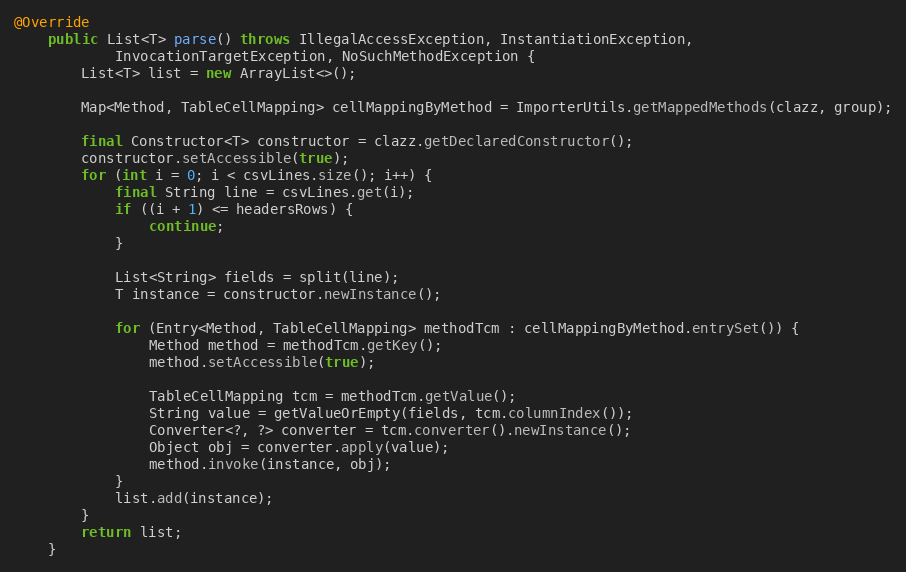
Language: Java
@Override
    public List<T> parse() throws IllegalAccessException, InstantiationException,
            InvocationTargetException, NoSuchMethodException {
        List<T> list = new ArrayList<>();

        Map<Method, TableCellMapping> cellMappingByMethod = ImporterUtils.getMappedMethods(clazz, group);

        final Constructor<T> constructor = clazz.getDeclaredConstructor();
        constructor.setAccessible(true);
        for (int i = 0; i < csvLines.size(); i++) {
            final String line = csvLines.get(i);
            if ((i + 1) <= headersRows) {
                continue;
            }

            List<String> fields = split(line);
            T instance = constructor.newInstance();

            for (Entry<Method, TableCellMapping> methodTcm : cellMappingByMethod.entrySet()) {
                Method method = methodTcm.getKey();
                method.setAccessible(true);

                TableCellMapping tcm = methodTcm.getValue();
                String value = getValueOrEmpty(fields, tcm.columnIndex());
                Converter<?, ?> converter = tcm.converter().newInstance();
                Object obj = converter.apply(value);
                method.invoke(instance, obj);
            }
            list.add(instance);
        }
        return list;
    }